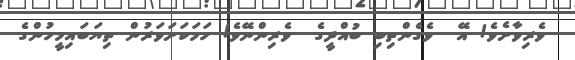
ވެރިވާށެވެ! އޭ  ވެގެންތިބި ބުއްދީގެ  ވެރިންނޭވެ! ހަމަކަށަވަރުން ތިޔަބައިމީހުންގެ